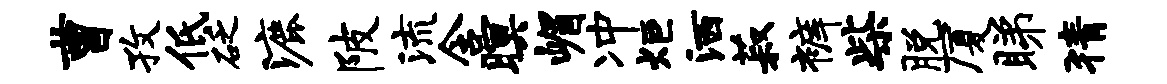
曹孜低砭漉陂流含暝嵋冲炬洒菽裤柴脱厦睇猜